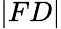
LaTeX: |FD|